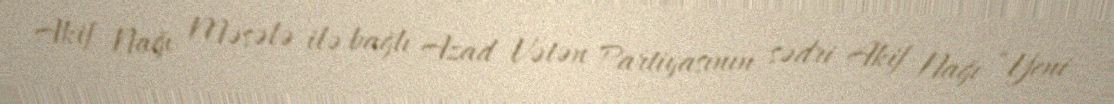
Akif Nağı Məsələ ilə bağlı Azad Vətən Partiyasının sədri Akif Nağı “Yeni